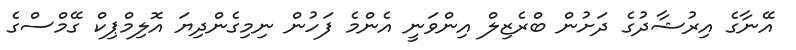
އޭނާގެ އިރުޝާދުގެ ދަށުން ބްރެޒިލް އިންވަނީ އެންމެ ފަހުން ނިމިގެންދިޔަ އޮލިމްޕިކް ގޭމްސްގެ